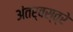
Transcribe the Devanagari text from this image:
अंतर्वस्त्रे